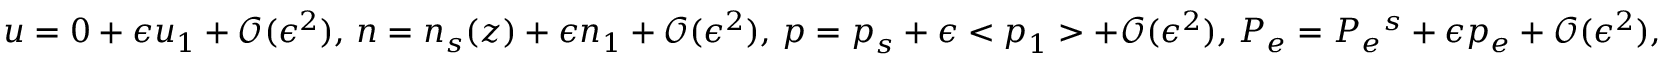
{ \ensuremath { \boldsymbol } u } = 0 + \epsilon { \ensuremath { \boldsymbol } u } _ { 1 } + \mathcal { O } ( \epsilon ^ { 2 } ) , \, n = n _ { s } ( z ) + \epsilon n _ { 1 } + \mathcal { O } ( \epsilon ^ { 2 } ) , \, { \ensuremath { \boldsymbol } p } = { \ensuremath { \boldsymbol } p } _ { s } + \epsilon < { \ensuremath { \boldsymbol } p } _ { 1 } > + \mathcal { O } ( \epsilon ^ { 2 } ) , \, P _ { e } = P _ { e } { ^ s } + \epsilon p _ { e } + \mathcal { O } ( \epsilon ^ { 2 } ) ,